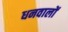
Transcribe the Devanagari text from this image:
धनवालों